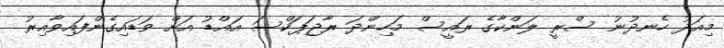
މިއަދު ހެނދުނު ސްރީ ލަންކާގެ ރައީސް މަހިންދަ ރާޖަޕަކްސަ އައްޑު އަށް ވަޑައިގެންފައިވާއިރު